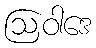
ဩဝါဒေ